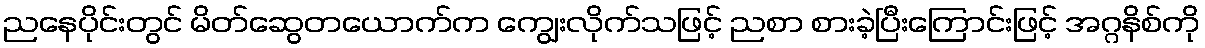
ညနေပိုင်းတွင် မိတ်ဆွေတယောက်က ကျွေးလိုက်သဖြင့် ညစာ စားခဲ့ပြီးကြောင်းဖြင့် အဂ္ဂနိစ်ကို